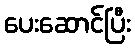
ပေးဆောင်ပြီး